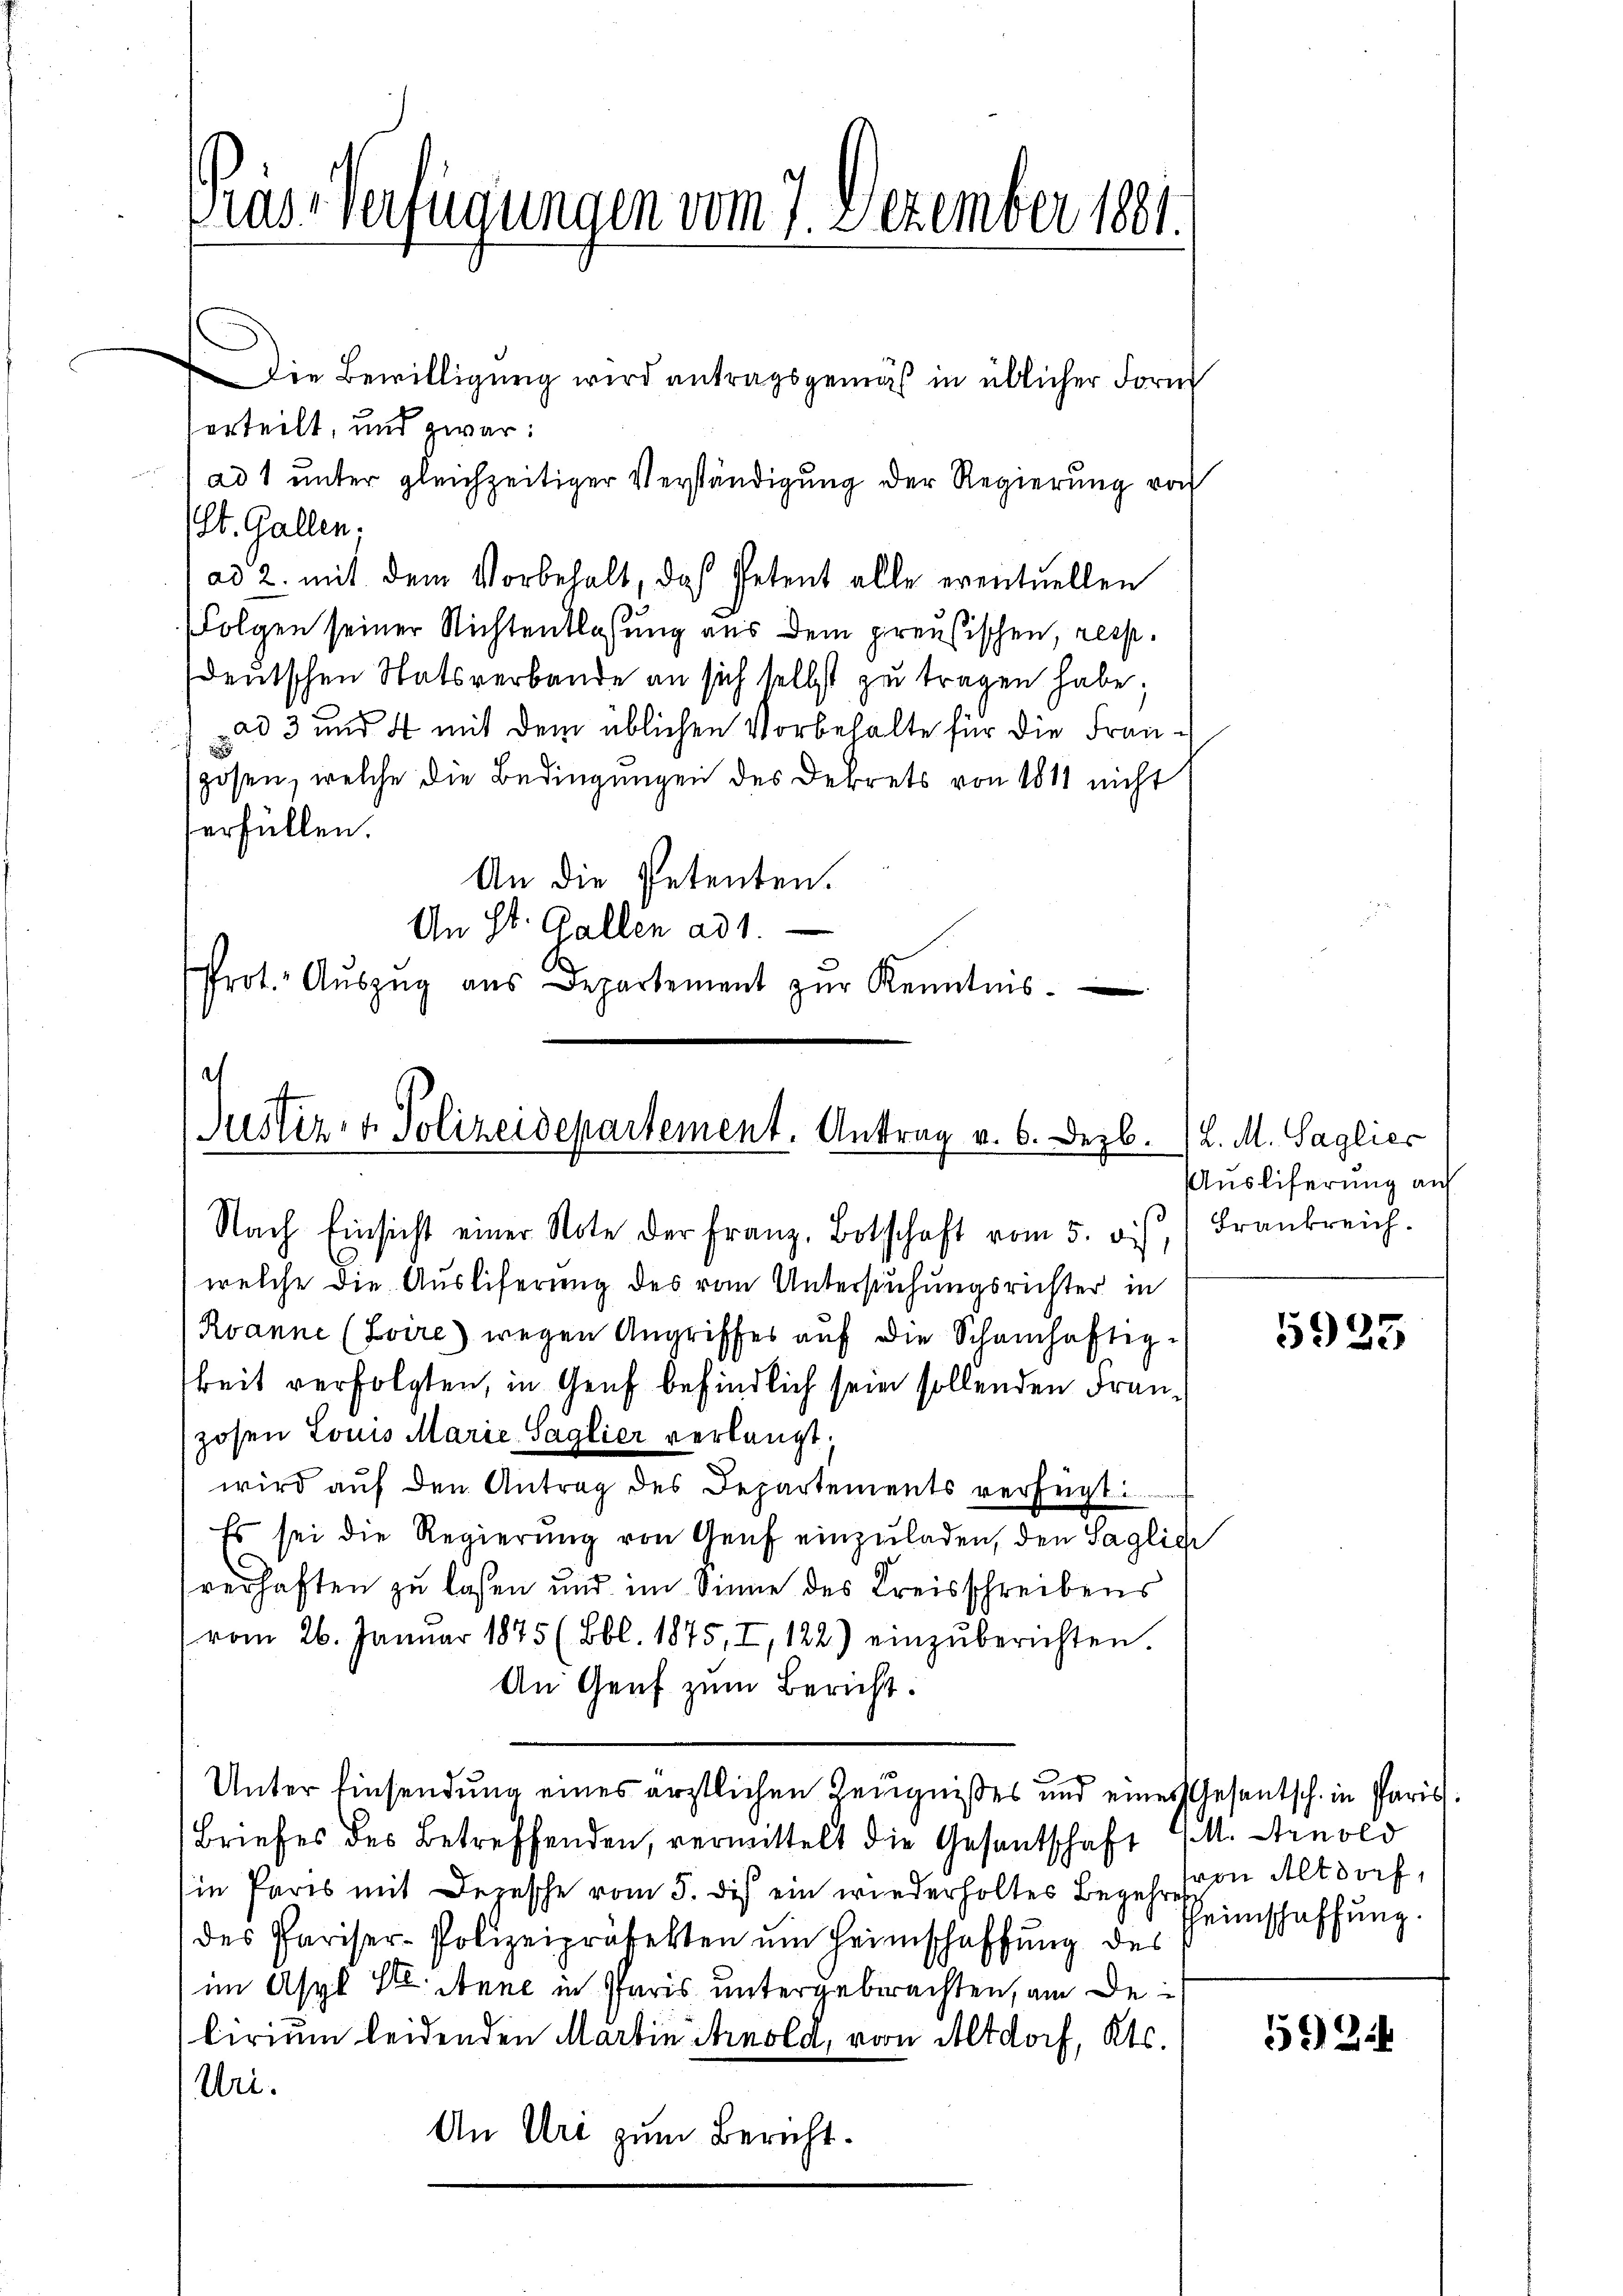
Pras-Verfügungen vom 7. Dezember 1881.

Die Bewilligung wird antragsgemäß in üblicher Form
Verteilt, und zwar:
ad 1 unter gleichzeitiger Verständigung der Regierung von
(St. Gallen.
ad 2. mit dem Vorbehalt, daß Petent alle eventuellen
Folgen seiner Nichtentlassung aus dem preußischen, resp.
deutschen Statsverbande an sich selbst zu tragen habe;
03 und 4 mit dem üblichen Vorbehalte für die Frangosen, welche die Bedingungen des Dekrets von 1811 nicht
erfüllen.
An die Petenten.
An St. Gallen ad 1.
Prot. Aŭszŭg aŭs Departement zŭr Kenntnis.

a
Justiz- & Polizeidepartement. Antrag v. 6. Dezb.
Nach Einsicht einer Note der Franz, Botschaft vom 5. ds Frankreich.

welche die Auslieferung des vom Untersuchungsrichter in
Rvanne (Zvire) wegen Angriffes auf die Schamhaftig-
keit verfolgten, in Genf befindlich sein sollenden Franzosen Louis Marie-Saglier verlangt.
wird auf den Antrag des Departements verfügt:
Es sei die Regierŭng von Genf einzŭladen, den Sagliche
sverhaften zu lassen und im Sinne des Kreisschreibens
vom 26. Januar 1875 (Bbl. 1875, I, 122) einzŭberichten.
An Genf zum Bericht:
Unter Einsendung eines ärztlichen Zeugnißes und eines Gesantsch. in Paris
Briefes des Betreffenden, vermittelt die Gesantschaft G. Arnold
in Paris mit Depesche vom 5. des ein wiederholtes Begehr von Altdorf,
des Pariser-Polizeipräfekten um Heimschaffung des
im Asyl Kt. Anne in Paris untergebrachten, am Dei
lirium leidenden Martin Arnold, von Altdorf, Kts.
Uri.
An Uri zum Bericht.

L. M. Saglies
Auslieferung auf

5925

einschaffung.

524